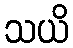
သယိ